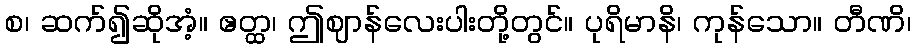
စ၊ ဆက်၍ဆိုအံ့။ ဧတ္ထ၊ ဤဈာန်လေးပါးတို့တွင်။ ပုရိမာနိ၊ ကုန်သော။ တီဏိ၊